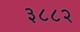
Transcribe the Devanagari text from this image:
३८८२